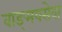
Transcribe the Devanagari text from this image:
वाङ्‌मयसेवा